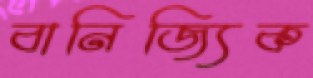
বানিজ্যিক